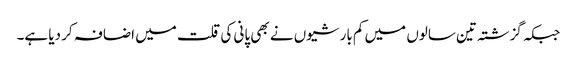
جبکہ گزشتہ تین سالوں میں کم بارشیوں نے بھی پانی کی قلت میں اضافہ کر دیا ہے۔